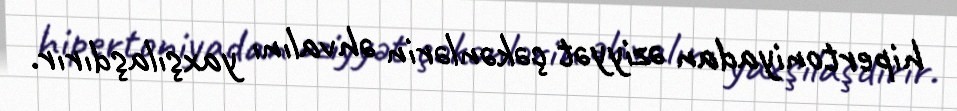
hipertoniyadan əziyyət çəkənlərin əhvalını yaxşılaşdırır.